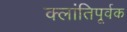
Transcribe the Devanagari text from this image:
क्लांतिपूर्वक